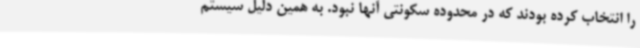
را انتخاب کرده بودند که در محدوده سکونتی آنها نبود. به همین دلیل سیستم